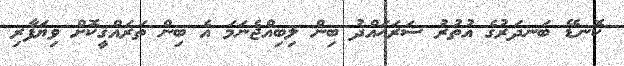
ކޮނޑޭ ބަނދަރުގެ އުތުރު ސަރަޙައްދު ބިން ލިބިއްޖެނަމަ އެ ބިން ތަރައްޤީކޮށް ވިޔަފާރި